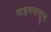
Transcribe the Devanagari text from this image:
माइनपासून